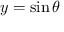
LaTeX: y = \sin \theta